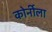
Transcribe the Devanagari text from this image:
कोर्नीला